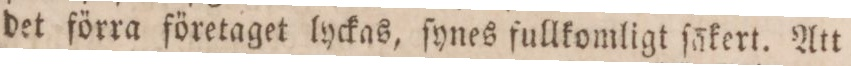
det förra företaget lyckas, ſynes fullkomligt ſäkert. Att